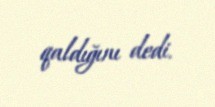
qaldığını dedi.